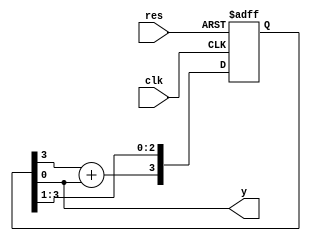
//2022-05-17
//


`timescale 1 ns/10 ps 
module m_gen (clk,res,y);

input        clk;
input        res;
output        y;
reg[3:0]     d;       //reg;

assign       y=d[0]; 

always@(posedge clk or negedge res)

if (~res) begin 
    d<=4'b1111;  
    end
else begin 

   d[2:0]<=d[3:1];  //
   d[3]<=d[3]+d[0];

end 


endmodule